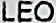
LEO